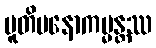
ပူတိမနောကမ္မန္တဿ